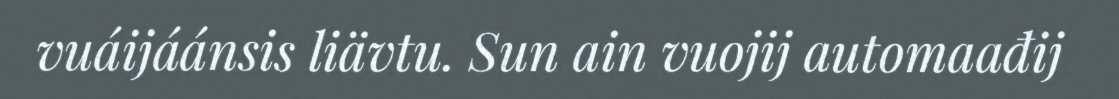
vuáijáánsis liävtu. Sun ain vuojij automaađij